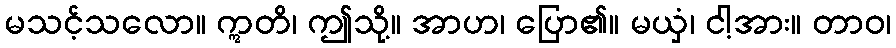
မသင့်သလော။ ဣတိ၊ ဤသို့။ အာဟ၊ ပြော၏။ မယှံ၊ ငါ့အား။ တာဝ၊